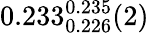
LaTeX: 0.233_{0.226}^{0.235}(2)